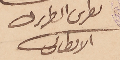
بطرس البطرىرك الانطاكى